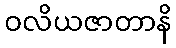
ဝလိယဇာတာနိ